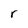
Character: r